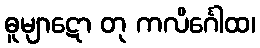
ဓူမျာဋော တု ကလိင်္ဂေါထ၊